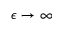
\epsilon \to \infty